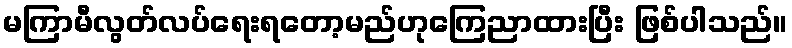
မကြာမီလွတ်လပ်ရေးရတော့မည်ဟုကြေညာထားပြီး ဖြစ်ပါသည်။